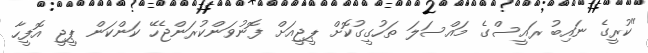
"ކުރީގެ ނައިބު ރައީސްގެ މައްސަލަ ތަހުގީގުކޮށް ޕީޖީއަށް ފޮނުވަންކުރަންޖެހޭ ކަންކަން ޕީޖީ އޮފީހާ